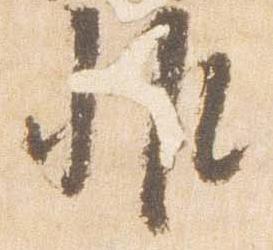
非